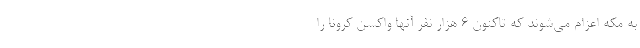
به مکه اعزام می‌شوند که تاکنون 6 هزار نفر آنها واکسن کرونا را‌‌‌‌‌‌‌‌